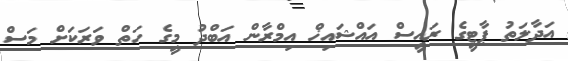
އަދާލަތު ޕާޓީގެ ރައީސް އައްޝައިޚް އިމްރާން އަބްދު މީގެ ހަތް ވަރަކަށް މަސް